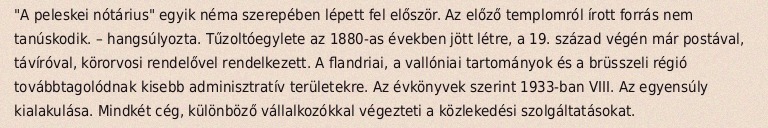
"A peleskei nótárius" egyik néma szerepében lépett fel először. Az előző templomról írott forrás nem tanúskodik. – hangsúlyozta. Tűzoltóegylete az 1880-as években jött létre, a 19. század végén már postával, távíróval, körorvosi rendelővel rendelkezett. A flandriai, a vallóniai tartományok és a brüsszeli régió továbbtagolódnak kisebb adminisztratív területekre. Az évkönyvek szerint 1933-ban VIII. Az egyensúly kialakulása. Mindkét cég, különböző vállalkozókkal végezteti a közlekedési szolgáltatásokat.